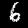
Label: 6